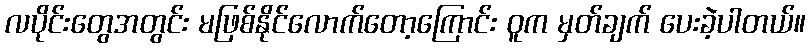
လပိုင်းတွေအတွင်း မဖြစ်နိုင်လောက်တော့ကြောင်း ဝူက မှတ်ချက် ပေးခဲ့ပါတယ်။